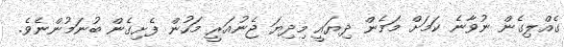
ގެއްލިގެން ނުވާނެ ކަމަށް މަމެން ދިޔައީ މިދިޔަ ޖެނުއަރީ މަހުން ފެށިގެން ބުނަމުންނެވެ.